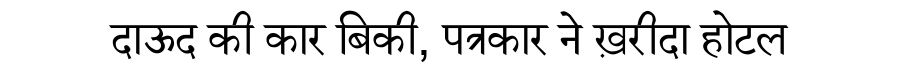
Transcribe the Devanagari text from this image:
दाऊद की कार बिकी, पत्रकार ने ख़रीदा होटल